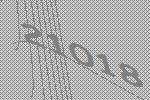
21018